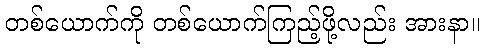
တစ်ယောက်ကို တစ်ယောက်ကြည့်ဖို့လည်း အားနာ။